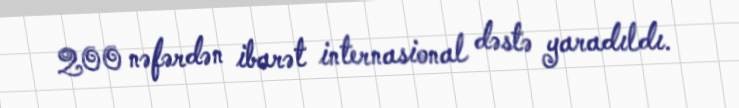
200 nəfərdən ibarət internasional dəstə yaradıldı.